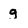
Character: g